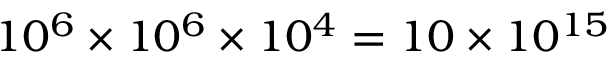
1 0 ^ { 6 } \times 1 0 ^ { 6 } \times 1 0 ^ { 4 } = 1 0 \times 1 0 ^ { 1 5 }